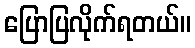
ပြောပြလိုက်ရတယ်။